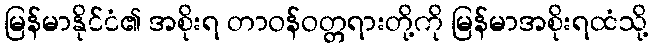
မြန်မာနိုင်ငံ၏ အစိုးရ တာဝန်ဝတ္တရားတို့ကို မြန်မာအစိုးရထံသို့